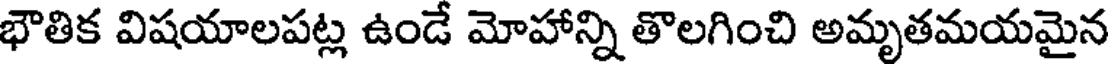
భౌతిక విషయాలపట్ల ఉండే మోహాన్ని తొలగించి అమృతమయమైన